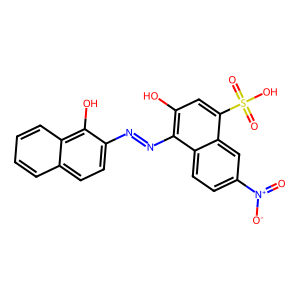
SMILES: O=[N+]([O-])c1ccc2c(N=Nc3ccc4ccccc4c3O)c(O)cc(S(=O)(=O)O)c2c1
Inhibits HIV replication: No